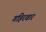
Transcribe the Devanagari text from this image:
गहिरवार